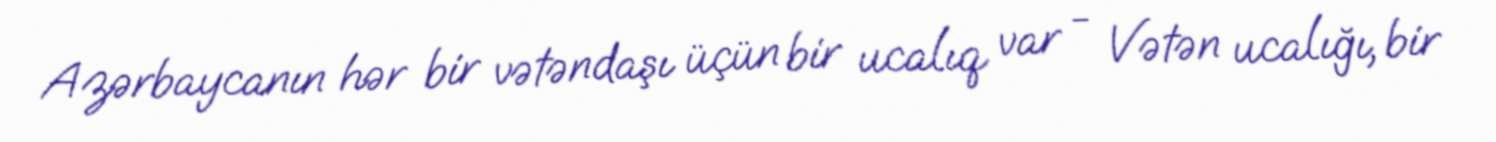
Azərbaycanın hər bir vətəndaşı üçün bir ucalıq var - Vətən ucalığı, bir